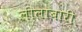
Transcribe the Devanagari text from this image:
लीलाबारी